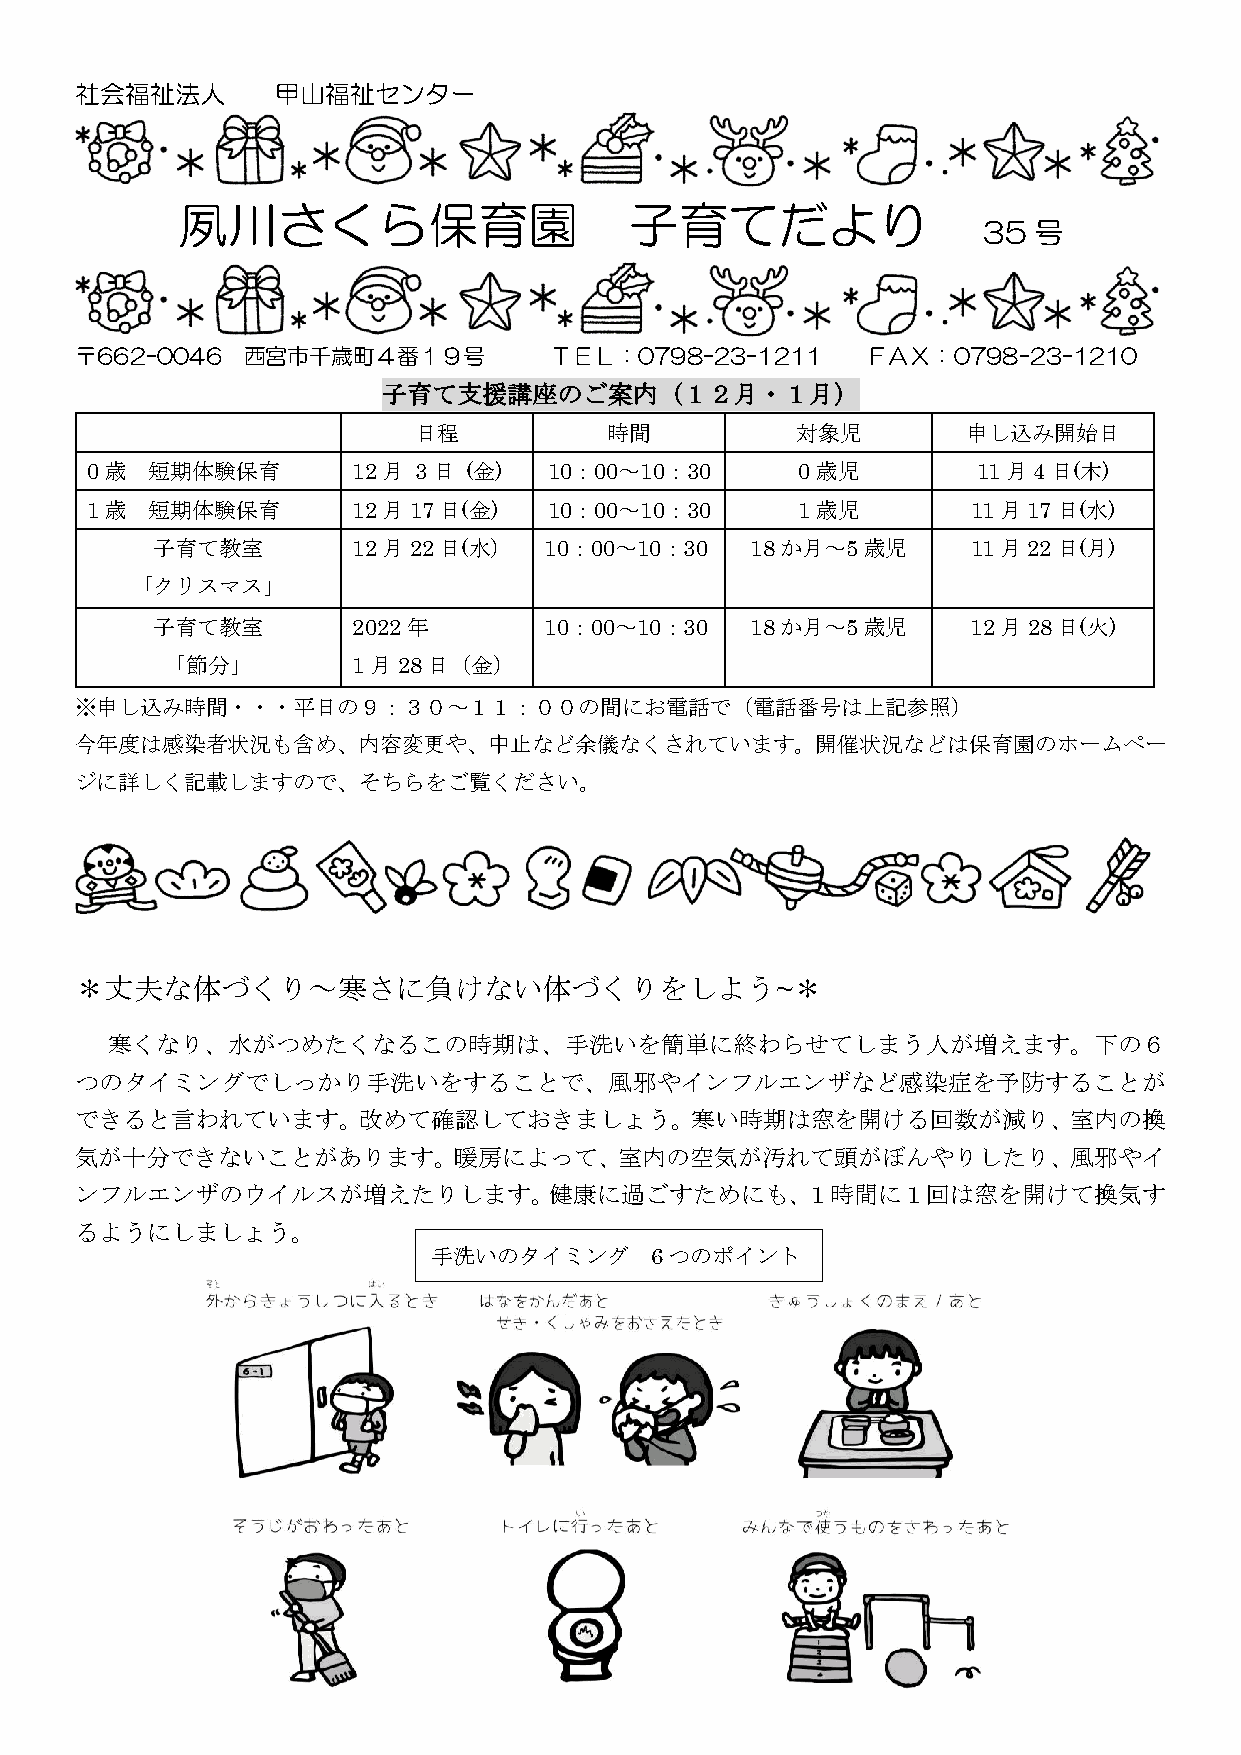
社会福祉法人       甲山福祉センター
 夙川さくら保育園                      子育てだより
 35 号
 〒662-0046  西宮市千歳町４番１９号         ＴＥＬ：0798-23-1211     ＦＡＸ：0798-23-1210
 子育て支援講座のご案内（１２月・１月）
 日程           時間           対象児        申し込み開始日
 0歳  短期体験保育       12月 3日  (金)  10：00～10：30      0歳児         11月4日(木)
 1歳  短期体験保育       12月17日(金)    10：00～10：30      1歳児        11月17日(水)
 子育て教室        12月22日(水）    10：00～10：30   18か月～5歳児      11月22日(月)
 「クリスマス」
 子育て教室        2022年        10：00～10：30   18か月～5歳児      12月28日(火)
 「節分」        1月28日（金）
 ※申し込み時間・・・平日の９：３０～１１：００の間にお電話で（電話番号は上記参照）
 今年度は感染者状況も含め、内容変更や、中止など余儀なくされています。開催状況などは保育園のホームペー
 ジに詳しく記載しますので、そちらをご覧ください。
 ＊丈夫な体づくり～寒さに負けない体づくりをしよう~＊
 寒くなり、水がつめたくなるこの時期は、手洗いを簡単に終わらせてしまう人が増えます。下の６
 つのタイミングでしっかり手洗いをすることで、風邪やインフルエンザなど感染症を予防することが
 できると言われています。改めて確認しておきましょう。寒い時期は窓を開ける回数が減り、室内の換
 気が十分できないことがあります。暖房によって、室内の空気が汚れて頭がぼんやりしたり、風邪やイ
 ンフルエンザのウイルスが増えたりします。健康に過ごすためにも、１時間に１回は窓を開けて換気す
 るようにしましょう。
 手洗いのタイミング     6つのポイント